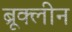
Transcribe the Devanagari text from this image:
ब्रूक्लीन